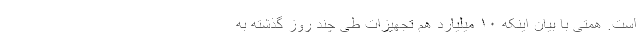
است. همتی با بیان اینکه ۱۰ میلیارد هم تجهیزات طی چند روز گذشته به